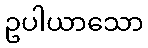
ဥပါယာသော